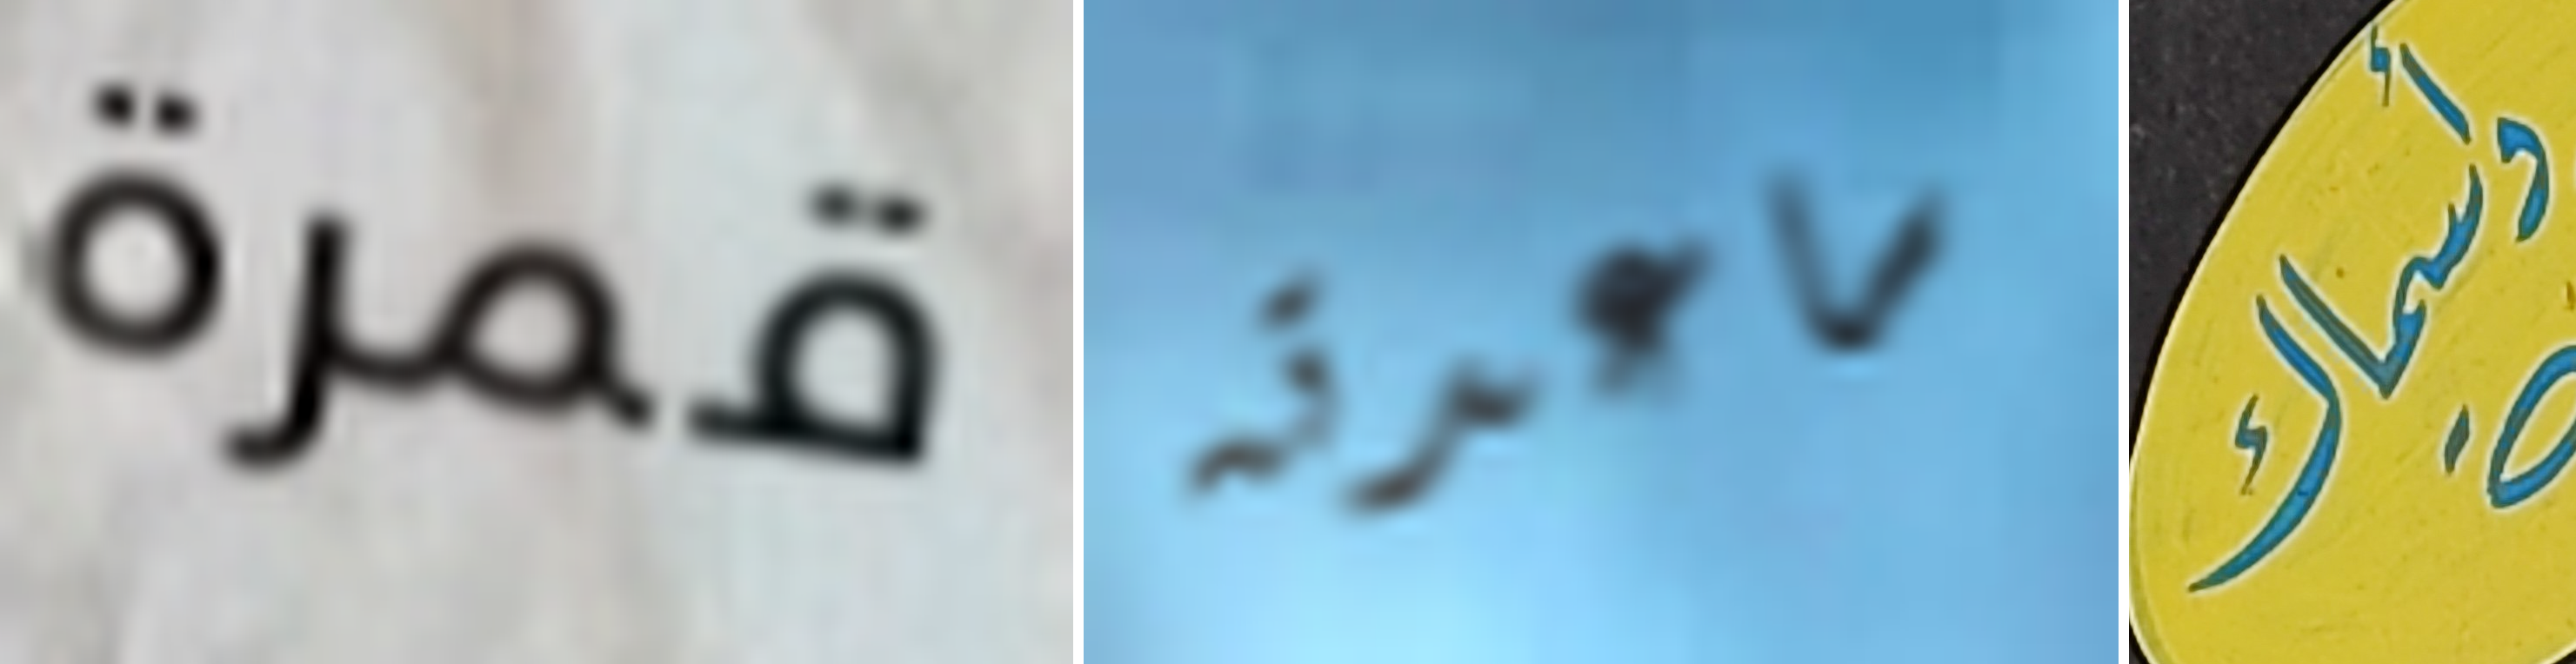
قمرة ساعدته وأسماك